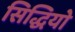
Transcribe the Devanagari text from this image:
सिद्धियो